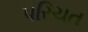
પરિચત